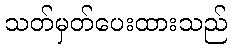
သတ်မှတ်ပေးထားသည်